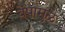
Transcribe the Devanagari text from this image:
वेषामुळे